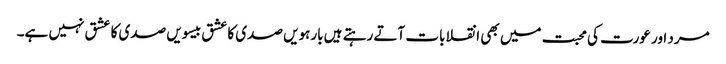
مرد اور عورت کی محبت میں بھی انقلابات آتے رہتے ہیں بارہویں صدی کا عشق بیسویں صدی کا عشق نہیں ہے۔